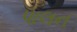
પાલન